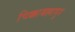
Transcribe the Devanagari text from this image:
चिक्काबल्लापुर